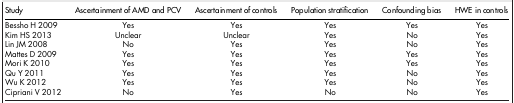
| Study | Ascertainment of AMD and PCV | Ascertainment of controls | Population stratification | Confounding bias | HWE in controls |
 | --- | --- | --- | --- | --- | --- |
 | Bessho H 2009 | Yes | Yes | Yes | Yes | Yes |
 | Kim HS 2013 | Unclear | Unclear | Yes | No | Yes |
 | Lin JM 2008 | No | Yes | Yes | No | Yes |
 | Mattes D 2009 | Yes | Yes | Yes | Yes | Yes |
 | Mori K 2010 | Yes | Yes | Yes | Yes | Yes |
 | Qu Y 2011 | Yes | Yes | Yes | No | Yes |
 | Wu K 2012 | Yes | Yes | Yes | No | Yes |
 | Cipriani V 2012 | No | Yes | No | No | Yes |